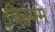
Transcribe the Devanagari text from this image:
चितयम्